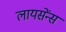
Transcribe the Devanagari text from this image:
लायसेंन्स